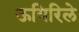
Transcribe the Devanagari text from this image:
ऊयिरिले